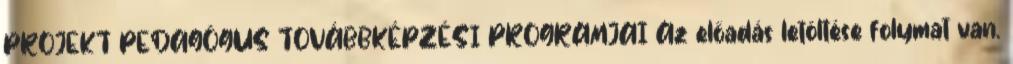
PROJEKT PEDAGÓGUS TOVÁBBKÉPZÉSI PROGRAMJAI Az előadás letöltése folymat van.